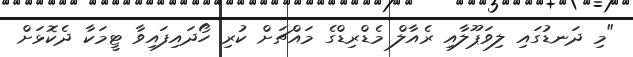
"މި ދަނޑުގައި ލިވަޕޫލާއި ރެއާލް މެޑްރިޑްގެ މައްޗަށް ކުރި ހޯދައިފައިވާ ޓީމަކާ ދެކޮޅަަށް